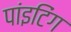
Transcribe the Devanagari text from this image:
पांइटिंग